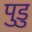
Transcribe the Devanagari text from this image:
पुडु